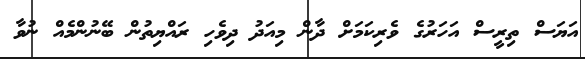
އަޔަސް ތިރީސް އަހަރުގެ ވެރިކަމަށް ދާން މިއަދު ދިވެހި ރައްޔިތުން ބޭނުންމެއް ނުވާ